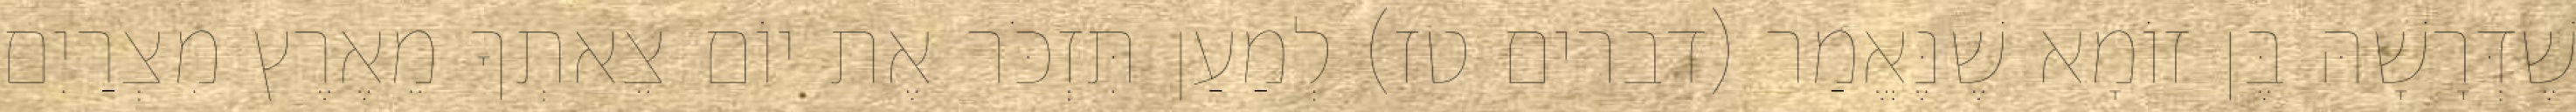
שֶׁדְּרָשָׁהּ בֶּן זוֹמָא שֶׁנֶּאֱמַר (דברים טז) לְמַעַן תִּזְכֹּר אֶת יוֹם צֵאתְךָ מֵאֶרֶץ מִצְרַיִם